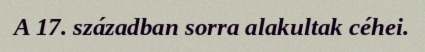
A 17. században sorra alakultak céhei.